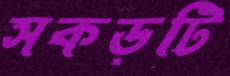
সকড়টি